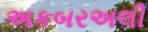
અકબરઅલી